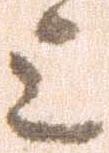
上